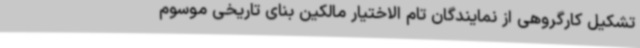
تشکیل کارگروهی از نمایندگان تام الاختیار مالکین بنای تاریخی موسوم